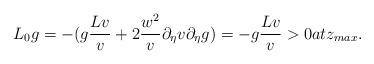
LaTeX: \begin{align*} L_0 g= -(g \frac{Lv}{v}+2 \frac{w^2}{v}\partial_{\eta }v\partial_{\eta }g)=-g \frac{Lv}{v}>0at z_{max} . \end{align*}